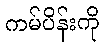
ကမ်ပိန်းကို